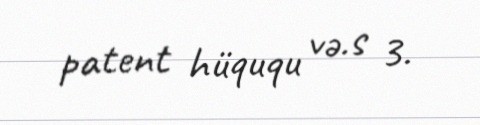
patent hüququ və.s 3.